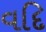
વદિ